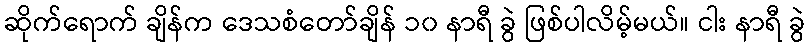
ဆိုက်ရောက် ချိန်က ဒေသစံတော်ချိန် ၁၀ နာရီ ခွဲ ဖြစ်ပါလိမ့်မယ်။ ငါး နာရီ ခွဲ